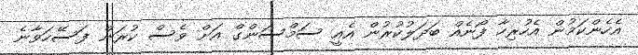
އެހެންކަމުން އެހުރިހާ ފޯނެއް ބަދަލުކުރުން އެއީ ސަމްސަންގް އަށް ވެސް ކުރަން ފަސޭހަވާނެ